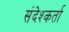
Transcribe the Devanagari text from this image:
संदेश्कर्ता